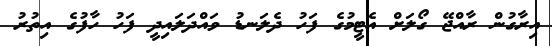
އިރާގުން ރާއްޖޭ ގޯލަށް އެޓީމުގެ ފަހު ދެލަނޑު ވައްދަލައިދީ ފަހު ހާފުގެ އިތުރު